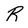
Character: r